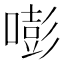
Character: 嘭